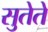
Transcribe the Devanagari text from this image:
सुतेते